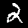
Digit: 2